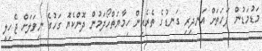
މަޑުމަޑުން ފަހަތަށް އަނދިރި ގަނޑުގެ ތެރެއިން ހިމާޔަތްހޯދަމުން ދޮންކެޔޮ ގަހުގެ ނިވަލަށް ޖެހިލީ